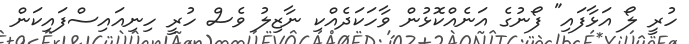
ހުރީ ލޯ އަޅާފައި" ފޯނުގެ އަނެއްކޮޅުން ވާހަކަދެއްކި ނާޒިލު ވެސް ހުރީ ހިނިއައިސްފައިކަން